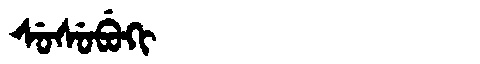
Manchu: ᠰᡠᠰᡠᠪᡠᡴᡳ
Romanization: SUSUBUKI